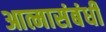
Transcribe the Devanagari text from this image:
आत्मासंबंधी